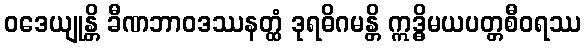
ဝဒေယျုန္တိ ခီဏဘာဝဒဿနတ္ထံ ဒုရဓိဂမန္တိ ဣဒ္ဓိမယပတ္တစီဝရဿ